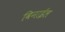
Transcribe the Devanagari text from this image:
विनाईल